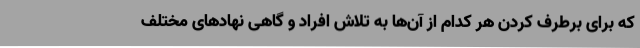
که برای برطرف کردن هر کدام از آن‌ها به تلاش افراد و گاهی نهادهای مختلف